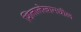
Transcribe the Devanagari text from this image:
शिलालेखामधील